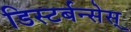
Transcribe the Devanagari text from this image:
डिस्टर्बन्सेस्